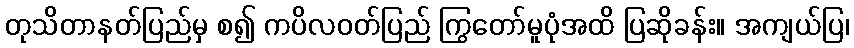
တုသိတာနတ်ပြည်မှ စ၍ ကပိလဝတ်ပြည် ကြွတော်မူပုံအထိ ပြဆိုခန်း။ အကျယ်ပြ၊